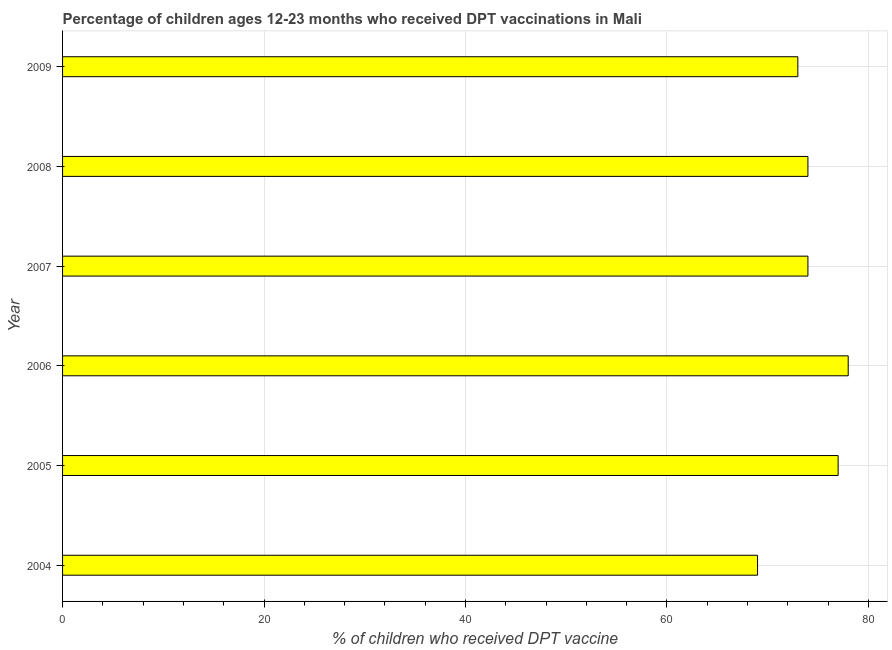
| Year | Immunization |
 | --- | --- |
 | 2004 | 69 |
 | 2005 | 77 |
 | 2006 | 78 |
 | 2007 | 74 |
 | 2008 | 74 |
 | 2009 | 73 |